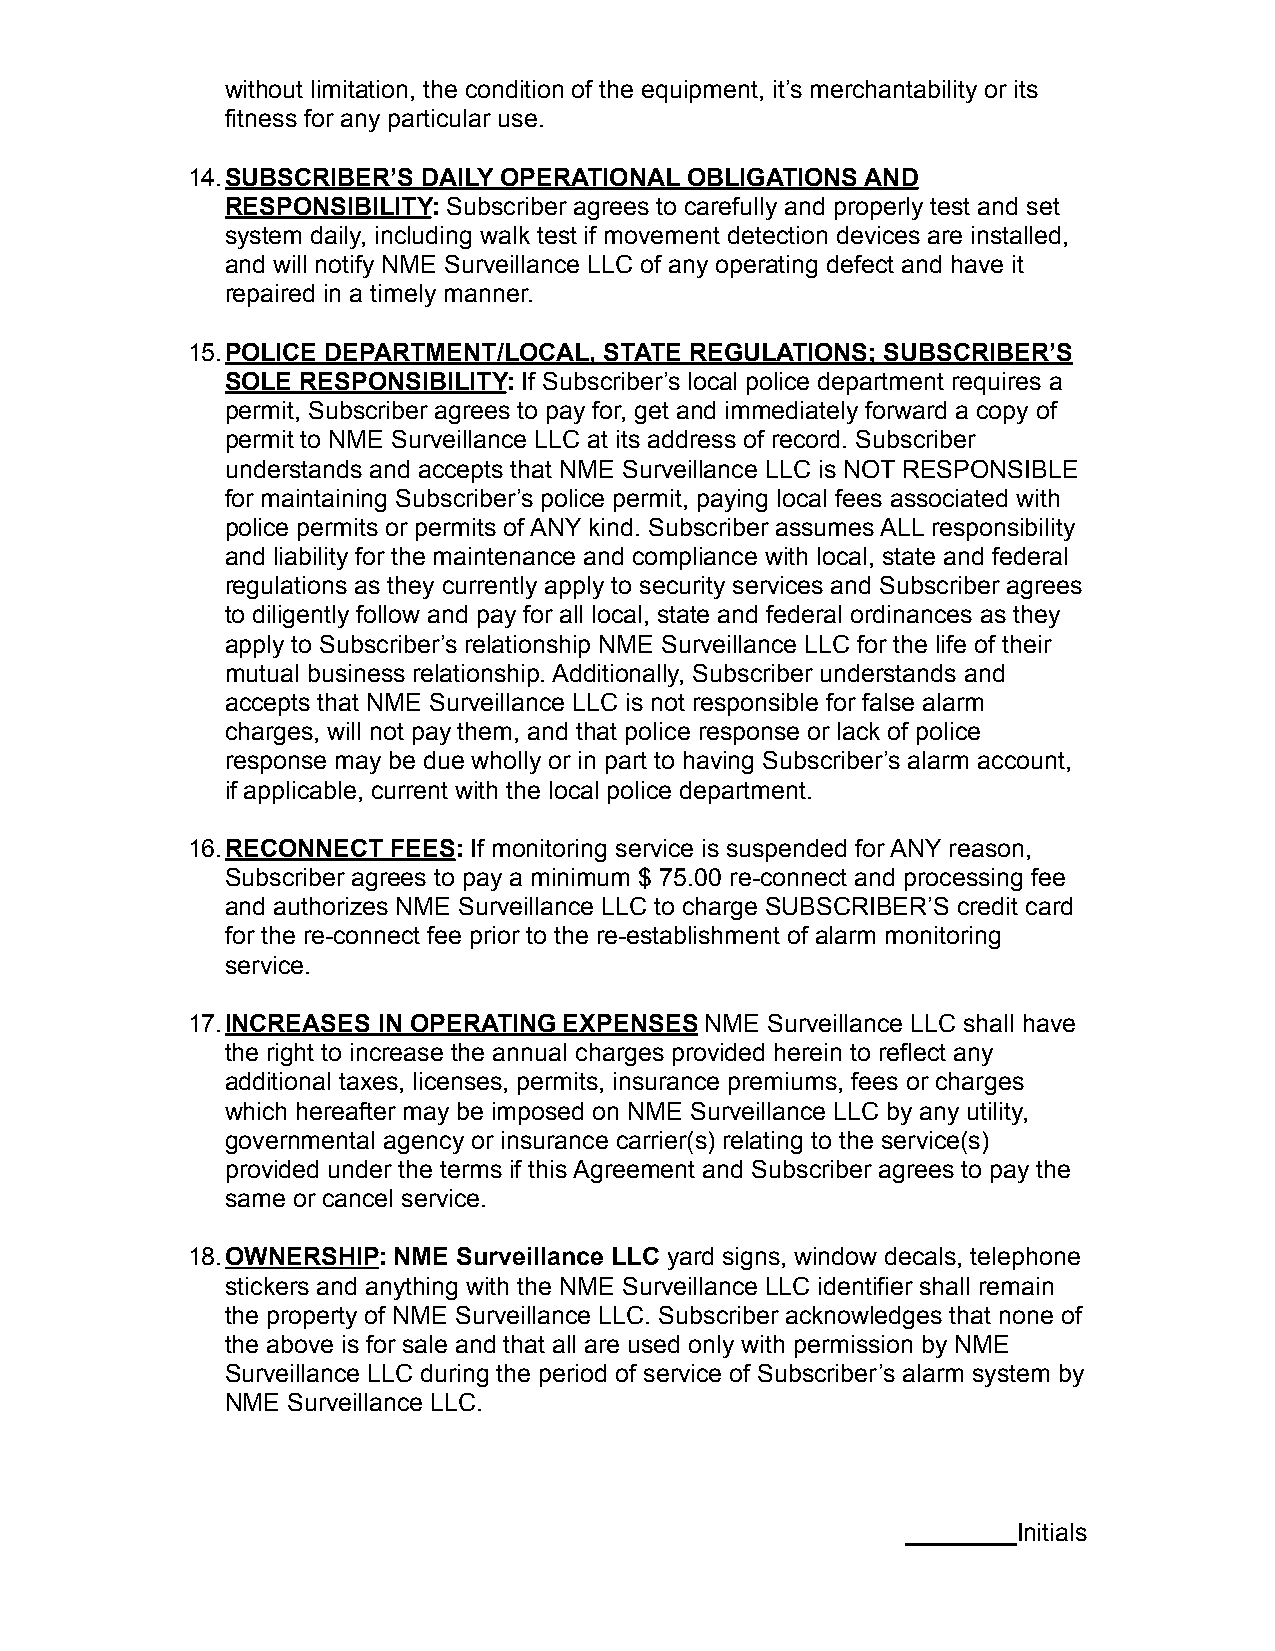
without limitation, the condition of the equipment, it’s merchantability or its
 fitness for any particular use.
 14.SUBSCRIBER’S DAILY OPERATIONAL OBLIGATIONS AND
 RESPONSIBILITY: Subscriber agrees to carefully and properly test and set
 system daily, including walk test if movement detection devices are installed,
 and will notify NME Surveillance LLC of any operating defect and have it
 repaired in a timely manner.
 15.POLICE DEPARTMENT/LOCAL, STATE REGULATIONS; SUBSCRIBER’S
 SOLE RESPONSIBILITY: If Subscriber’s local police department requires a
 permit, Subscriber agrees to pay for, get and immediately forward a copy of
 permit to NME Surveillance LLC at its address of record. Subscriber
 understands and accepts that NME Surveillance LLC is NOT RESPONSIBLE
 for maintaining Subscriber’s police permit, paying local fees associated with
 police permits or permits of ANY kind. Subscriber assumes ALL responsibility
 and liability for the maintenance and compliance with local, state and federal
 regulations as they currently apply to security services and Subscriber agrees
 to diligently follow and pay for all local, state and federal ordinances as they
 apply to Subscriber’s relationship NME Surveillance LLC for the life of their
 mutual business relationship. Additionally, Subscriber understands and
 accepts that NME Surveillance LLC is not responsible for false alarm
 charges, will not pay them, and that police response or lack of police
 response may be due wholly or in part to having Subscriber’s alarm account,
 if applicable, current with the local police department.
 16.RECONNECT  FEES: If monitoring service is suspended for ANY reason,
 Subscriber agrees to pay a minimum $ 75.00 re-connect and processing fee
 and authorizes NME Surveillance LLC to charge SUBSCRIBER’S credit card
 for the re-connect fee prior to the re-establishment of alarm monitoring
 service.
 17.INCREASES IN OPERATING EXPENSES NME Surveillance LLC shall have
 the right to increase the annual charges provided herein to reflect any
 additional taxes, licenses, permits, insurance premiums, fees or charges
 which hereafter may be imposed on NME Surveillance LLC by any utility,
 governmental agency or insurance carrier(s) relating to the service(s)
 provided under the terms if this Agreement and Subscriber agrees to pay the
 same or cancel service.
 18.OWNERSHIP: NME Surveillance LLC yard signs, window decals, telephone
 stickers and anything with the NME Surveillance LLC identifier shall remain
 the property of NME Surveillance LLC. Subscriber acknowledges that none of
 the above is for sale and that all are used only with permission by NME
 Surveillance LLC during the period of service of Subscriber’s alarm system by
 NME Surveillance LLC.
 ________Initials